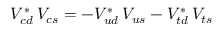
V _ { c d } ^ { * } \, V _ { c s } ^ { } = - V _ { u d } ^ { * } \, V _ { u s } ^ { } - V _ { t d } ^ { * } \, V _ { t s } ^ { }